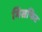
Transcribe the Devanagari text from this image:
मिसफिट